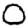
Digit: 0